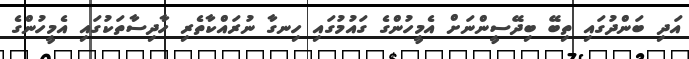
އަދި ބަންދުގައި ތިބޭ ބިދޭސީންނަށް އެމީހުންގެ ގައުމުގައި ހިނގާ ނުރައްކާތެރި ހާދިސާތަކުގައި އެމީހުންގެ